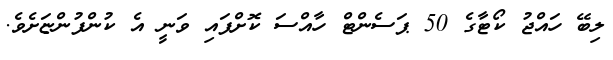
ލިބޭ ހައްޖު ކޯޓާގެ 50 ޕަސެންޓް ހާއްސަ ކޮށްފައި ވަނީ އެ ކުންފުންޏަށެވެ.